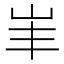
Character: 𡵞